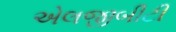
એલજીબીટી